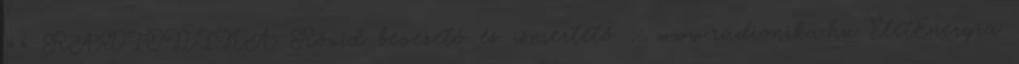
»» RADIONIKA Rövid bevezető és ismertető :: www.radionika.hu ÉletEnergia